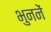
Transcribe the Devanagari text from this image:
भुननें